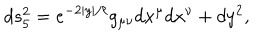
d s _ { 5 } ^ { 2 } = e ^ { - 2 | y | / \ell } g _ { \mu \nu } d x ^ { \mu } d x ^ { \nu } + d y ^ { 2 } ,